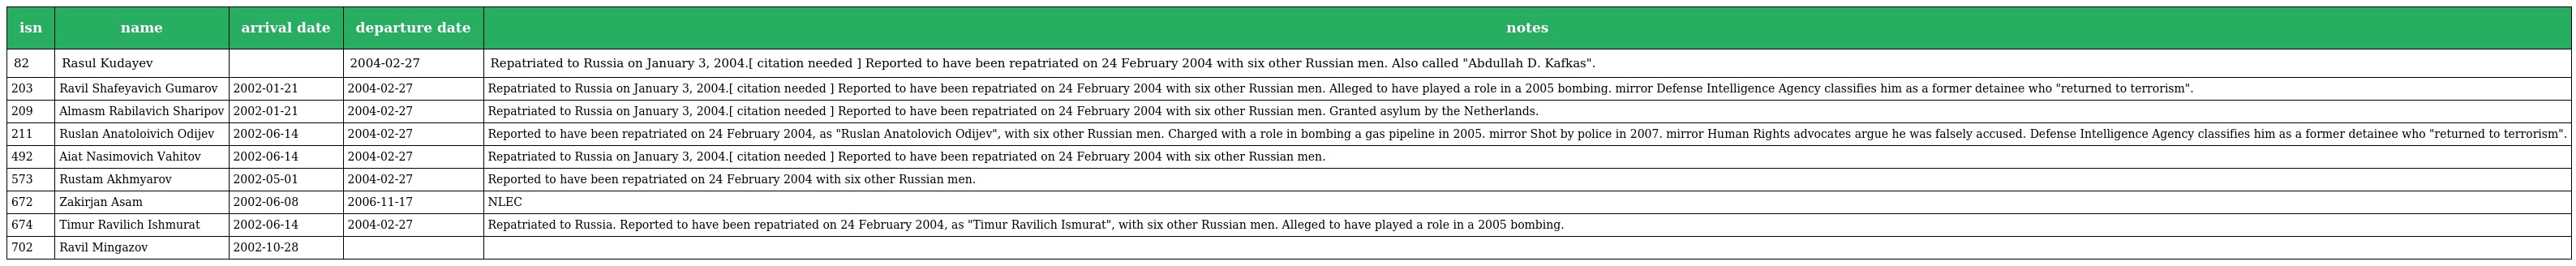
| isn | name | arrival date | departure date | notes |
 | --- | --- | --- | --- | --- |
 | 82 | Rasul Kudayev |  | 2004-02-27 | Repatriated to Russia on January 3, 2004.[ citation needed ] Reported to have been repatriated on 24 February 2004 with six other Russian men. Also called "Abdullah D. Kafkas". |
 | 203 | Ravil Shafeyavich Gumarov | 2002-01-21 | 2004-02-27 | Repatriated to Russia on January 3, 2004.[ citation needed ] Reported to have been repatriated on 24 February 2004 with six other Russian men. Alleged to have played a role in a 2005 bombing. mirror Defense Intelligence Agency classifies him as a former detainee who "returned to terrorism". |
 | 209 | Almasm Rabilavich Sharipov | 2002-01-21 | 2004-02-27 | Repatriated to Russia on January 3, 2004.[ citation needed ] Reported to have been repatriated on 24 February 2004 with six other Russian men. Granted asylum by the Netherlands. |
 | 211 | Ruslan Anatoloivich Odijev | 2002-06-14 | 2004-02-27 | Reported to have been repatriated on 24 February 2004, as "Ruslan Anatolovich Odijev", with six other Russian men. Charged with a role in bombing a gas pipeline in 2005. mirror Shot by police in 2007. mirror Human Rights advocates argue he was falsely accused. Defense Intelligence Agency classifies him as a former detainee who "returned to terrorism". |
 | 492 | Aiat Nasimovich Vahitov | 2002-06-14 | 2004-02-27 | Repatriated to Russia on January 3, 2004.[ citation needed ] Reported to have been repatriated on 24 February 2004 with six other Russian men. |
 | 573 | Rustam Akhmyarov | 2002-05-01 | 2004-02-27 | Reported to have been repatriated on 24 February 2004 with six other Russian men. |
 | 672 | Zakirjan Asam | 2002-06-08 | 2006-11-17 | NLEC |
 | 674 | Timur Ravilich Ishmurat | 2002-06-14 | 2004-02-27 | Repatriated to Russia. Reported to have been repatriated on 24 February 2004, as "Timur Ravilich Ismurat", with six other Russian men. Alleged to have played a role in a 2005 bombing. |
 | 702 | Ravil Mingazov | 2002-10-28 |  |  |